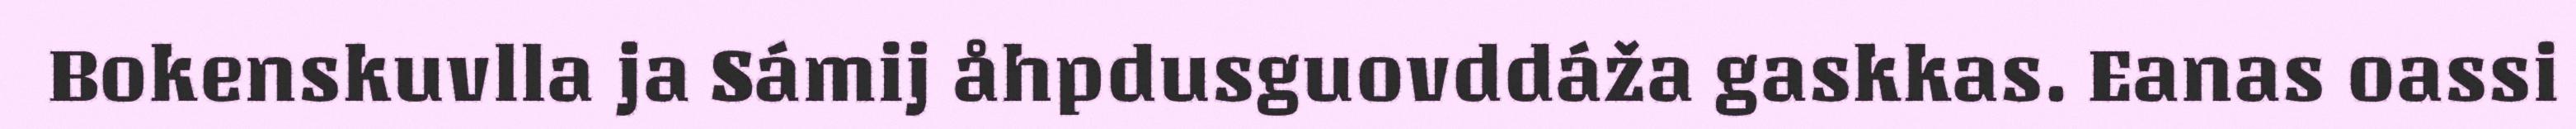
Bokenskuvlla ja Sámij åhpdusguovddáža gaskkas. Eanas oassi